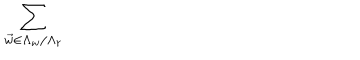
\sum _ { \vec { w } \in \Lambda _ { w } / \Lambda _ { r } }